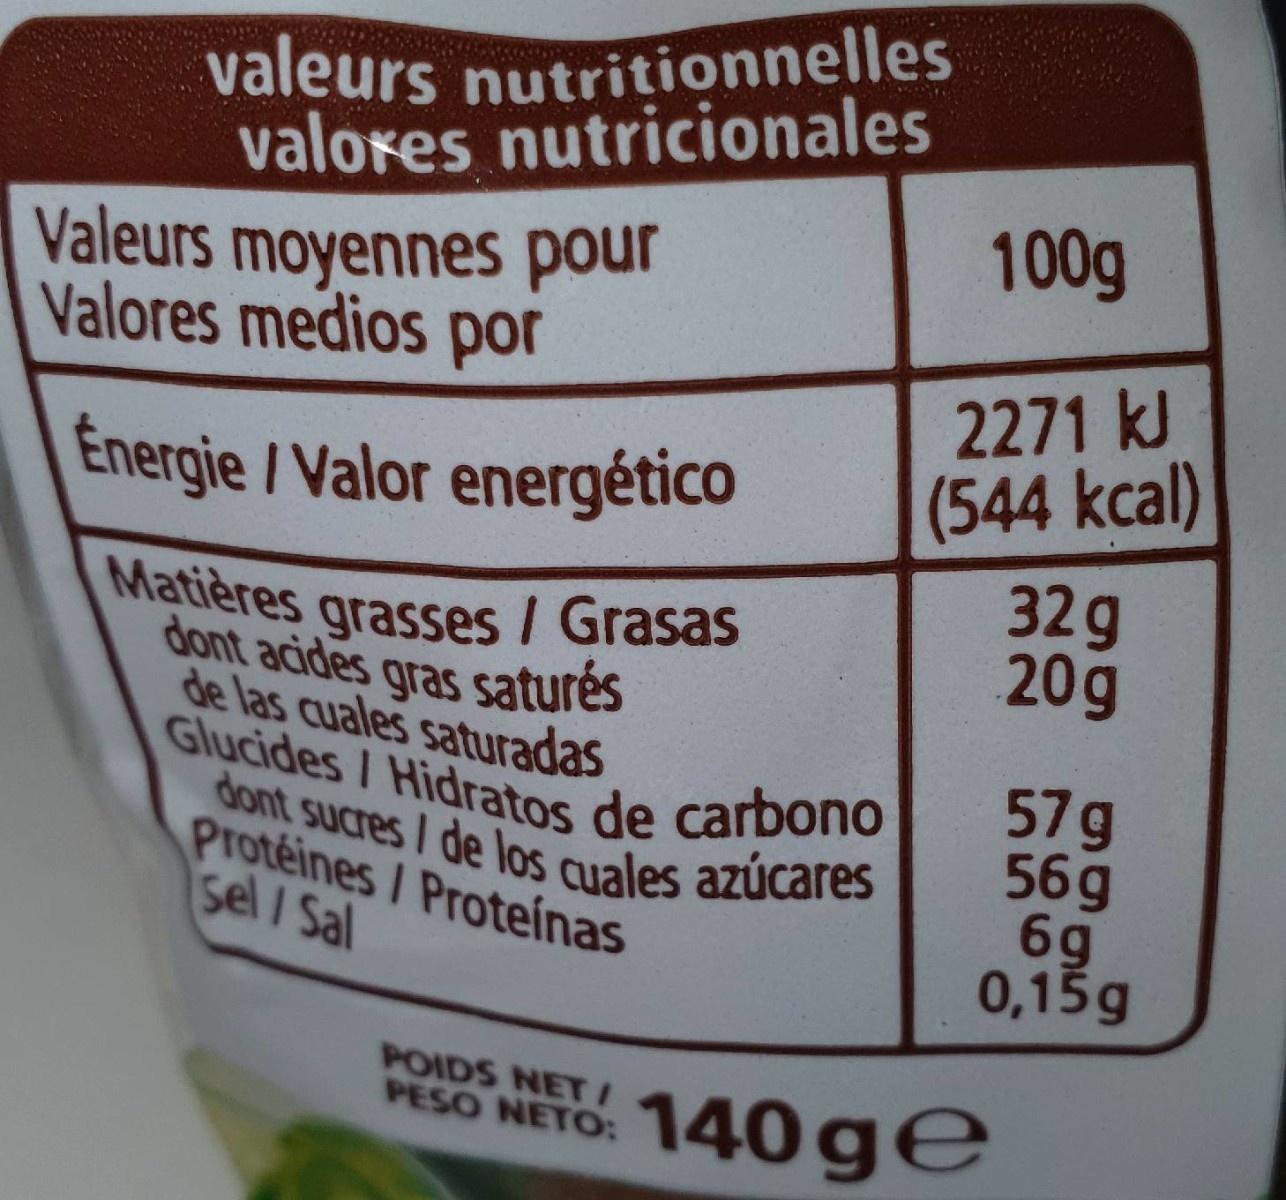
valeurs nutritionnelles valores nutricionales 100g
Valeurs moyennes pour Valores medios por
2271 kJ (544kcal) 32g 20g
Energie /Valor energético
Matières grasses / Grasas dont acides gras saturés de las cuales saturadas
Glucides / Hidratos de carbono dont sucres I de los cuales azúcares
Protéines / Proteínas sel / Sal
57g 56g 6g 0,15g
POIDS NETI PESO NETO:
140 ge